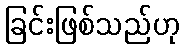
ခြင်းဖြစ်သည်ဟု